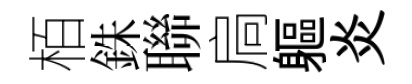
栢銖聯扃軀炎